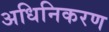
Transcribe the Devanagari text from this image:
अधिनिकरण